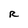
Character: R